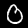
Label: 0